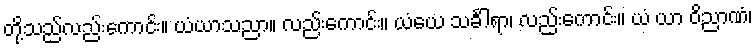
တို့သည်လည်းကောင်း။ ယံယာသညာ။ လည်းကောင်း။ ယံယေ သင်္ခါရာ၊ လည်းကောင်း။ ယံ ယာ ဝိညာဏံ၊